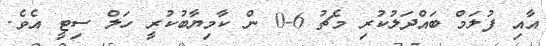
އާއި ފުލަމް ބައްދަލުކުރި މެޗު 6-0 ން ކާމިޔާބުކުރީ ހަލް ސިޓީ އެވެ.